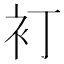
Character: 𲀤